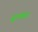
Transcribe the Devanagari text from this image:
सुरकोतड़ा